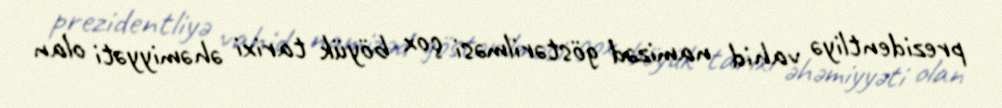
prezidentliyə vahid namizəd göstərilməsi çox böyük tarixi əhəmiyyəti olan